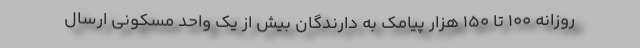
روزانه ۱۰۰ تا ۱۵۰ هزار پیامک به دارندگان بیش از یک واحد مسکونی ارسال